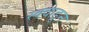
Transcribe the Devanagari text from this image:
स्क्वाड्र्न